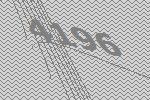
4196